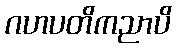
ဂဟပတိကညာပိ